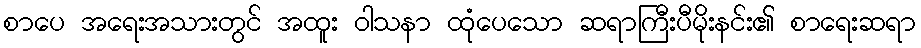
စာပေ အရေးအသားတွင် အထူး ဝါသနာ ထုံပေသော ဆရာကြီးပီမိုးနင်း၏ စာရေးဆရာ